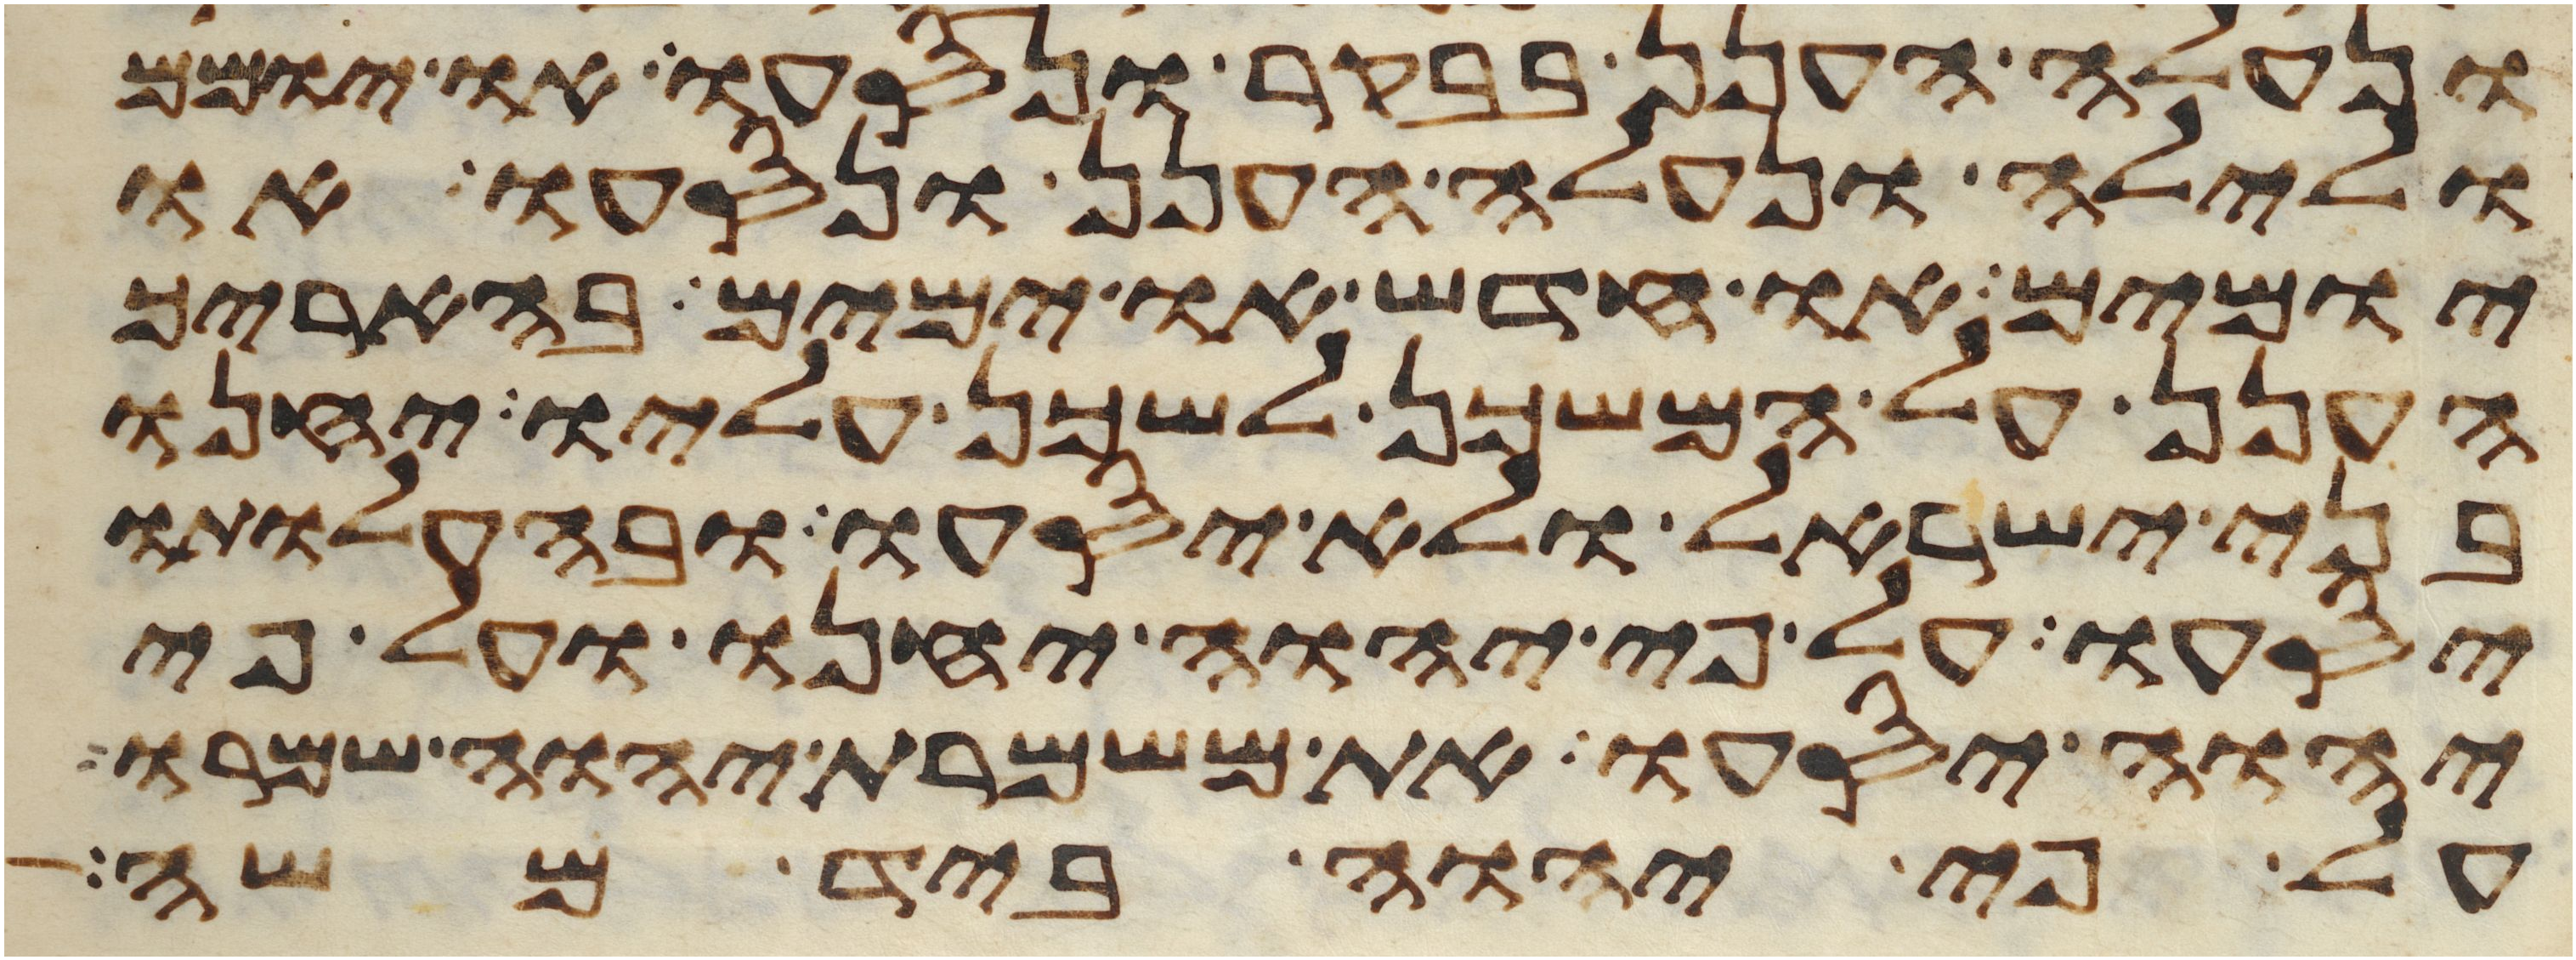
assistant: ונעלה הענן בבקר ונסעו או יומם
ולילה ונעלה הענן ונסעו או
יומים או חדש או ימים בהאריך
הענן על המשכן לשכן עליו יחנו
בני ישראל ולא יסעו ובהעלותו
יסעו על פי יהוה יחנו ועל פי
יהוה יסעו את משמרת יהוה שמרו
על פי יהוה ביד משה